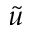
\tilde { u }